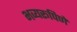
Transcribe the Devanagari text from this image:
भव्यरूपिणे